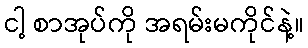
ငါ့ စာအုပ်ကို အရမ်းမကိုင်နဲ့။